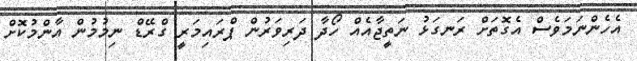
އެހެންނަމަވެސް އެގޮތަށް ރަނގަޅު ނަތީޖާއެއް ހޯދާ ދަރިވަރުން ޕްރައިމަރީ ގްރޭޑް ނިމުމުން އާންމުކޮށް